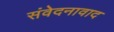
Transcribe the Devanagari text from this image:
संवेदनावाद